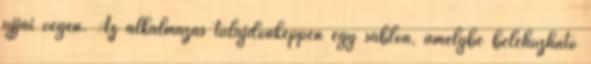
ujjai végén. Az alkalmazás tulajdonképpen egy sablon, amelybe belehúzható